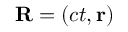
\mathbf { R } = \left( c t , \mathbf { r } \right)